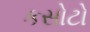
કસોટો